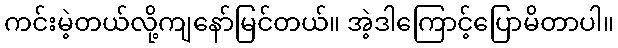
ကင်းမဲ့တယ်လို့ကျနော်မြင်တယ်။ အဲ့ဒါကြောင့်ပြောမိတာပါ။